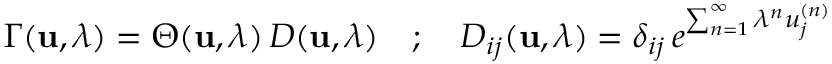
\Gamma ( { \bf u } , \lambda ) = \Theta ( { \bf u } , \lambda ) \, D ( { \bf u } , \lambda ) \quad ; \quad D _ { i j } ( { \bf u } , \lambda ) = \delta _ { i j } \, e ^ { \sum _ { n = 1 } ^ { \infty } \lambda ^ { n } u _ { j } ^ { ( n ) } }